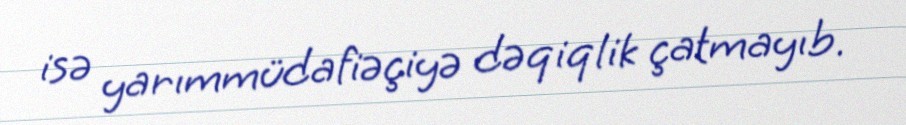
isə yarımmüdafiəçiyə dəqiqlik çatmayıb.